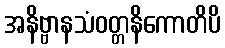
အနိဗ္ဗာနသံဝတ္တနိကောတိပိ